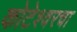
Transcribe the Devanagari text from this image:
कोटेश्वरचा